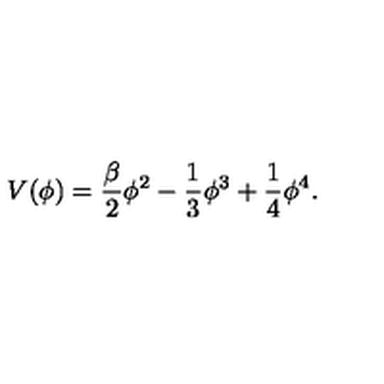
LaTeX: V ( \phi ) = \frac { \beta } { 2 } \phi ^ { 2 } - \frac { 1 } { 3 } \phi ^ { 3 } + \frac { 1 } { 4 } \phi ^ { 4 } .